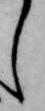
し